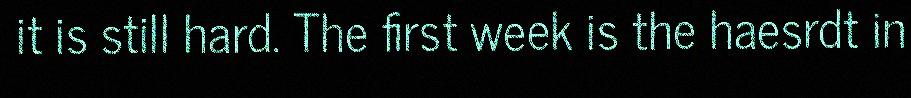
it is still hard. The first week is the haesrdt in